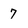
Character: 7